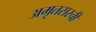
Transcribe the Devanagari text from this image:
अमृतसरची